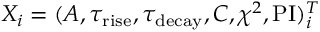
X _ { i } = ( A , \tau _ { \mathrm { r i s e } } , \tau _ { \mathrm { d e c a y } } , C , \chi ^ { 2 } , \mathrm { P I } ) _ { i } ^ { T }